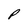
Character: P